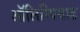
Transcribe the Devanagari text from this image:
ऑलिम्पियाड